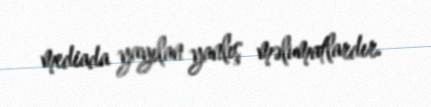
mediada yayılan yanlış məlumatlardır.